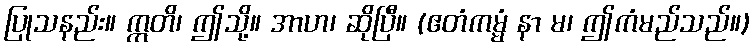
ပြုသနည်း။ ဣတိ၊ ဤသို့။ အာဟ၊ ဆိုပြီ။ (ဧတံကမ္မံ နာ မ၊ ဤကံမည်သည်။)